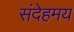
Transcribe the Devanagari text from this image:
संदेहमय